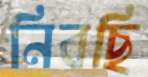
নিবছি